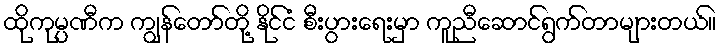
ထိုကုမ္ပဏီက ကျွန်တော်တို့ နိုင်ငံ စီးပွားရေးမှာ ကူညီဆောင်ရွက်တာများတယ်။